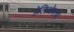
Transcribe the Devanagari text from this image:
हेलिओसचा